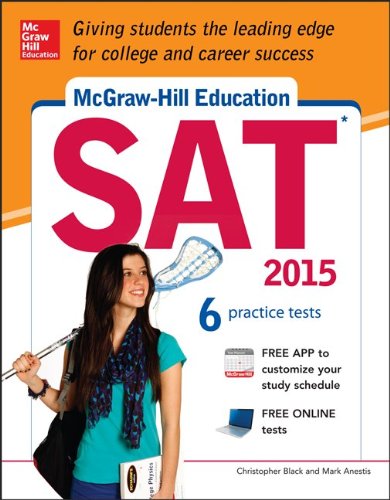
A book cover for McGraw-Hill Education SAT 2015 (Mcgraw Hill's Sat); Christopher Black; Test Preparation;